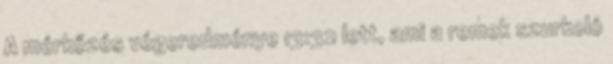
A mérkőzés végeredménye 13:32 lett, ami a remek szurkoló